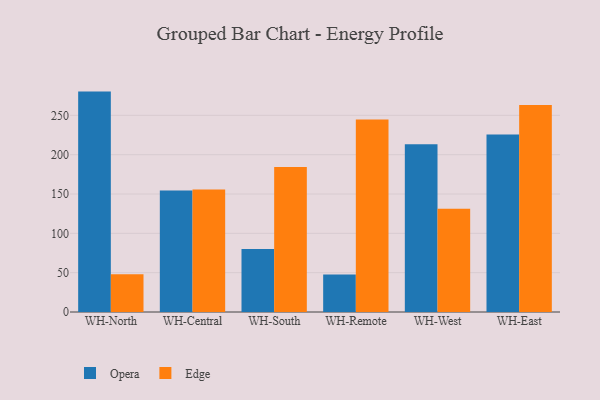
{"axis": {"x": "Warehouse", "y": "Churn Rate (%)"}, "legend": ["Edge", "Opera"], "data": [{"x": "WH-North", "y": 280.2, "type": "Opera"}, {"x": "WH-North", "y": 47.9, "type": "Edge"}, {"x": "WH-Central", "y": 154.4, "type": "Opera"}, {"x": "WH-Central", "y": 155.8, "type": "Edge"}, {"x": "WH-South", "y": 80.1, "type": "Opera"}, {"x": "WH-South", "y": 184.5, "type": "Edge"}, {"x": "WH-Remote", "y": 47.7, "type": "Opera"}, {"x": "WH-Remote", "y": 244.7, "type": "Edge"}, {"x": "WH-West", "y": 213.4, "type": "Opera"}, {"x": "WH-West", "y": 131.3, "type": "Edge"}, {"x": "WH-East", "y": 225.7, "type": "Opera"}, {"x": "WH-East", "y": 263.2, "type": "Edge"}]}